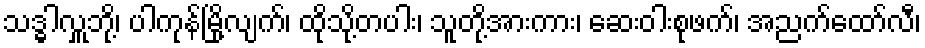
သဒ္ဓါလှူဘို့၊ ပါကုန်မြို့လျက်၊ ထိုသို့တပါး၊ သူတို့အားကား၊ ဆေးဝါးစုဖက်၊ အညက်ထော်လီ၊